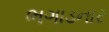
ભગાડનાર